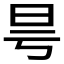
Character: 𣅘